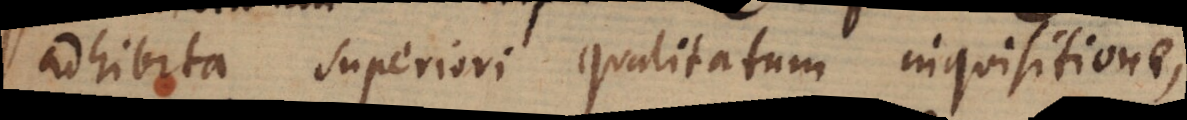
adhibita superiori qualitatum inquisitione,